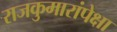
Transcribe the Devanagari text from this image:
राजकुमारांपेक्षा